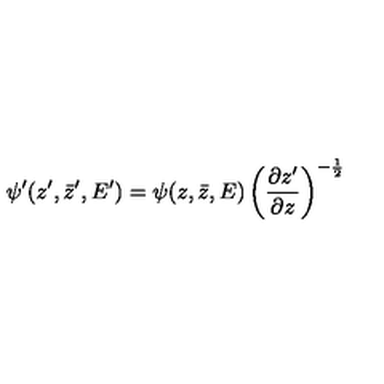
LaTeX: \psi ^ { \prime } ( z ^ { \prime } , \bar { z } ^ { \prime } , E ^ { \prime } ) = \psi ( z , \bar { z } , E ) \left( \frac { \partial z ^ { \prime } } { \partial z } \right) ^ { - \frac { 1 } { 2 } }